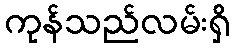
ကုန်သည်လမ်းရှိ